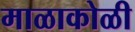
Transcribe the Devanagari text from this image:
माळाकोळी